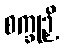
စက္ခုဉှိ